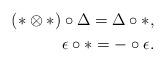
LaTeX: \begin{align*}(*\otimes *)\circ \Delta=\Delta\circ *,\\\epsilon\circ *=-\circ\epsilon.\end{align*}